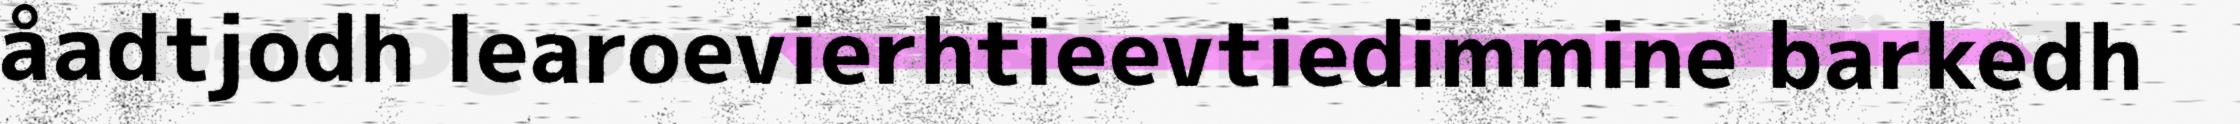
åadtjodh learoevierhtieevtiedimmine barkedh